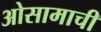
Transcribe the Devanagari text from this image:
ओसामाची